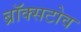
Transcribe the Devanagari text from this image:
ब्रॉक्सटोव